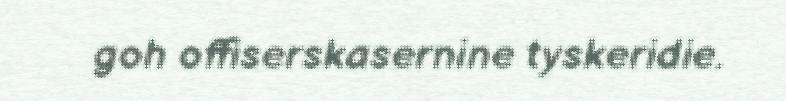
goh offiserskasernine tyskeridie.